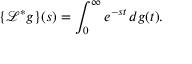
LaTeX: \{ { \mathcal { L } } ^ { * } g \} ( s ) = \int _ { 0 } ^ { \infty } e ^ { - s t } \, d g ( t ) .